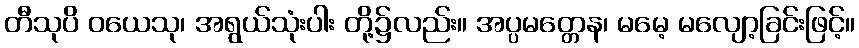
တီသုပိ ဝယေသု၊ အရွယ်သုံးပါး တို့၌လည်း။ အပ္ပမတ္တေန၊ မမေ့ မလျော့ခြင်းဖြင့်။